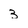
Character: 3